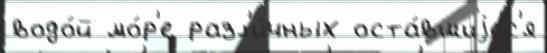
водо́й мо́р'е разл'и́чных оста́вшиjес'я